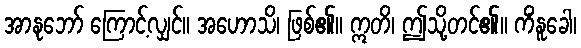
အာနုဘော် ကြောင့်လျှင်။ အဟောသိ၊ ဖြစ်၏။ ဣတိ၊ ဤသို့တင်၏။ ကိံနူခေါ၊